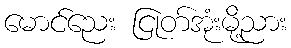
မောင်ညေး ငြုတ်အုံးမို့ညား